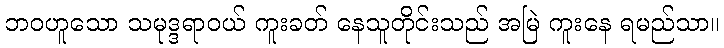
ဘဝဟူသော သမုဒ္ဒရာဝယ် ကူးခတ် နေသူတိုင်းသည် အမြဲ ကူးနေ ရမည်သာ။